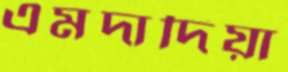
এমদাদিয়া